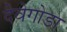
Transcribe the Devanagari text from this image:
दैवेगोडा